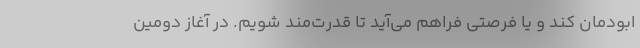
ابودمان کند و یا فرصتی فراهم می‌آید تا قدرت‌مند شویم. در آغاز دومین